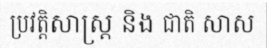
ប្រវត្តិសាស្ត្រ និង ជាតិ សាស